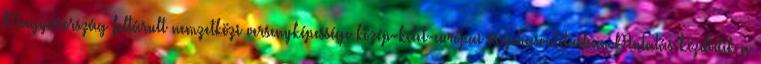
Magyarország feltárult nemzetközi versenyképessége közép-kelet-európai összehasonlításban Mutatás kezdődik a